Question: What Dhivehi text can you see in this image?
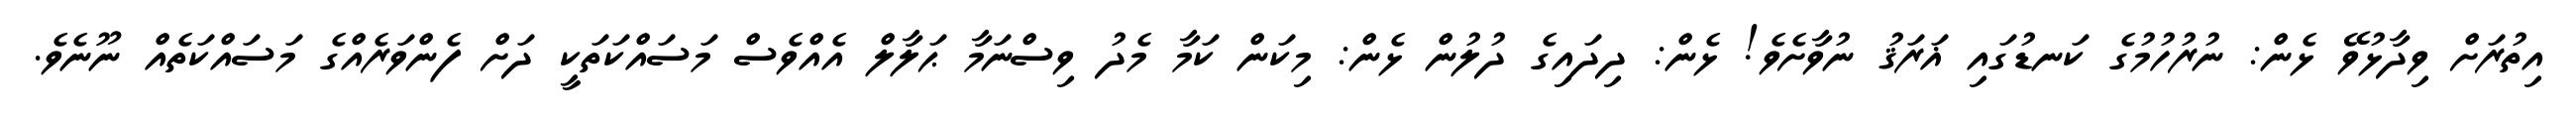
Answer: އިތުރަށް ވިދާޅުވޭ ޅެން: ނުރުހުމުގެ ކަނޑުގައި ޣަރަޤު ނުވާށެވެ! ޅެން: ދިދައިގެ ދުލުން ޅެން: މިކަން ކަމާ މެދު ވިސްނަމާ ޙަލާލް އެއްވެސް މަސައްކަތަކީ ދަށް ފެންވަރެއްގެ މަސައްކަތެއް ނޫނެވެ.